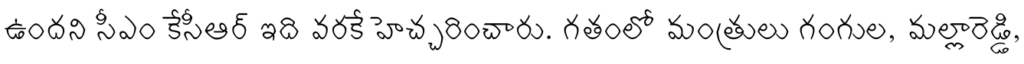
ఉందని సీఎం కేసీఆర్ ఇది వరకే హెచ్చరించారు. గతంలో మంత్రులు గంగుల, మల్లారెడ్డి,